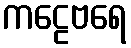
ကဠေဗရေ